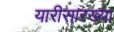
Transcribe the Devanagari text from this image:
यारीसारख्या